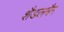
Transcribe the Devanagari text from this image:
शैडलबैग